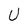
Character: U